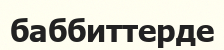
баббиттерде